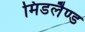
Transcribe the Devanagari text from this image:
मिडलैण्ड